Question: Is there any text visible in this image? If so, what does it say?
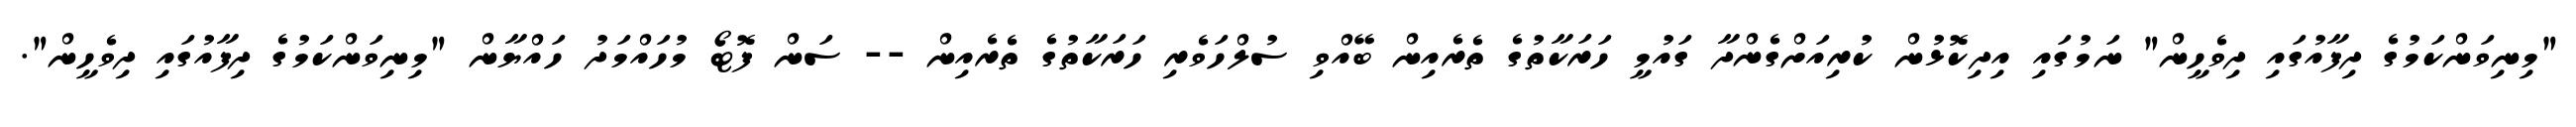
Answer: "މިނިވަންކަމުގެ ދިފާއުގައި ދިވެހީން" ނަމުގައި އިދިކޮޅުން ކުރިއަށްގެންދާ ގައުމީ ހަރަކާތުގެ ތެރެއިން ބޭއްވި ސުލްހަވެރި ހަރަކާތުގެ ތެރެއިން -- ސަން ފޮޓޯ މުހައްމަދު ހައްޔާން "މިނިވަންކަމުގެ ދިފާއުގައި ދިވެހީން".